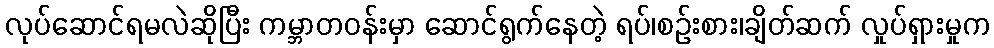
လုပ်ဆောင်ရမလဲဆိုပြီး ကမ္ဘာတဝန်းမှာ ဆောင်ရွက်နေတဲ့ ရပ်၊စဉ်းစား၊ချိတ်ဆက် လှုပ်ရှားမှုက